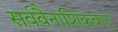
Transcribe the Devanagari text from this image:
सर्ववैनाशिकवाद